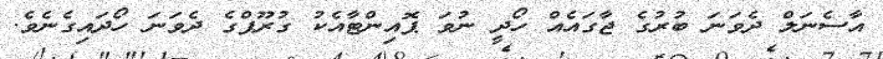
އާސެނަލް ދެވަނަ ބުރުގެ ޖާގައެއް ހޯދީ ނުވަ ޕޮއިންޓާއެކު ގުރޫޕްގެ ދެވަނަ ހޯދައިގެނެވެ.